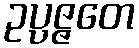
ဥပ္ပဇ္ဇတေ